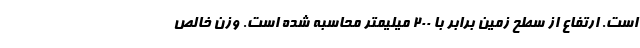
است. ارتفاع از سطح زمین برابر با 200 میلیمتر محاسبه شده است. وزن خالص